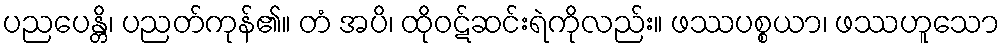
ပညပေန္တိ၊ ပညတ်ကုန်၏။ တံ အပိ၊ ထိုဝဋ်ဆင်းရဲကိုလည်း။ ဖဿပစ္စယာ၊ ဖဿဟူသော